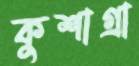
কুশাগ্রা